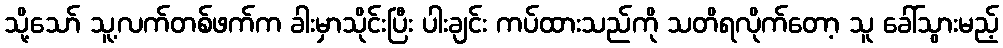
သို့သော် သူ့လက်တစ်ဖက်က ခါးမှာသိုင်းပြီး ပါးချင်း ကပ်ထားသည်ကို သတိရလိုက်တော့ သူ ခေါ်သွားမည့်